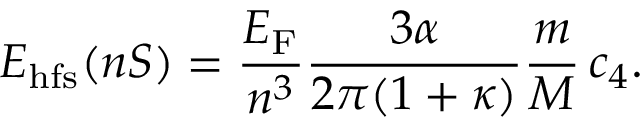
E _ { \mathrm { h f s } } ( n S ) = \frac { E _ { \mathrm { F } } } { n ^ { 3 } } \frac { 3 \alpha } { 2 \pi ( 1 + \kappa ) } \frac { m } { M } \, c _ { 4 } .